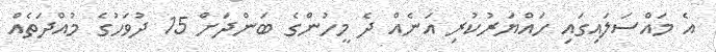
އެ މައްސަލައިގައި ހައްޔަރުކުރި އަނެއް ދެ މީހުންގެ ބަންދަށް 15 ދުވަހުގެ މުއްދަތެއް